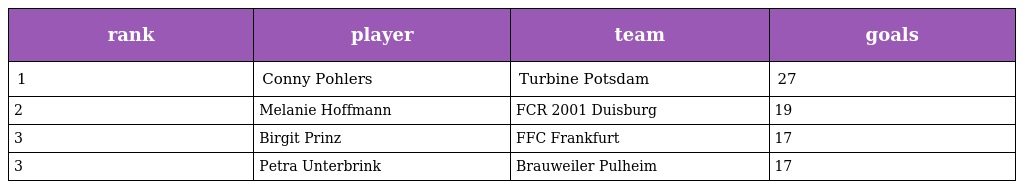
| rank | player | team | goals |
 | --- | --- | --- | --- |
 | 1 | Conny Pohlers | Turbine Potsdam | 27 |
 | 2 | Melanie Hoffmann | FCR 2001 Duisburg | 19 |
 | 3 | Birgit Prinz | FFC Frankfurt | 17 |
 | 3 | Petra Unterbrink | Brauweiler Pulheim | 17 |